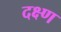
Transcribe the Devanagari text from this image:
दक्ष्ण